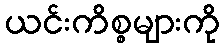
ယင်းကိစ္စများကို